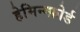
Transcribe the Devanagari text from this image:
हेमिन्ग्फ़ोर्ड